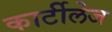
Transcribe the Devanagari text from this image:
कार्टीलेज